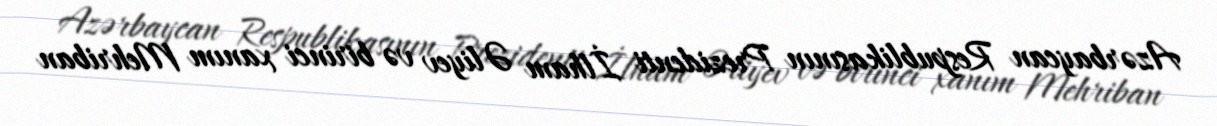
Azərbaycan Respublikasının Prezidenti İlham Əliyev və birinci xanım Mehriban